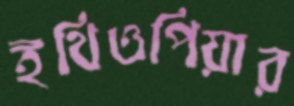
ইথিওপিয়ার